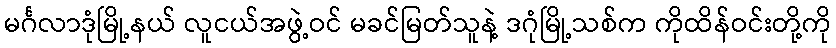
မင်္ဂလာဒုံမြို့နယ် လူငယ်အဖွဲ့ဝင် မခင်မြတ်သူနဲ့ ဒဂုံမြို့သစ်က ကိုထိန်ဝင်းတို့ကို